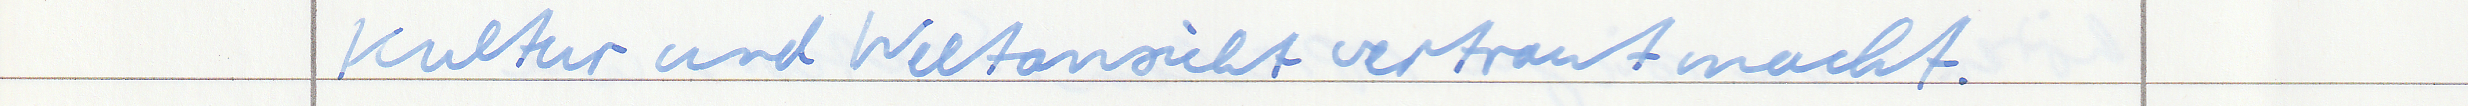
Kultur und Weltansicht vertraut macht.